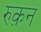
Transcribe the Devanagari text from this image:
रुक़न